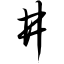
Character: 井